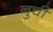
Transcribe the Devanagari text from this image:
नुचीं